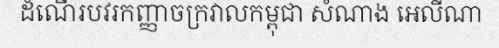
ដំណើរបវរកញ្ញាចក្រវាលកម្ពុជា សំណាង អេលីណា